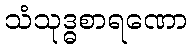
သံသုဒ္ဓစာရဏော